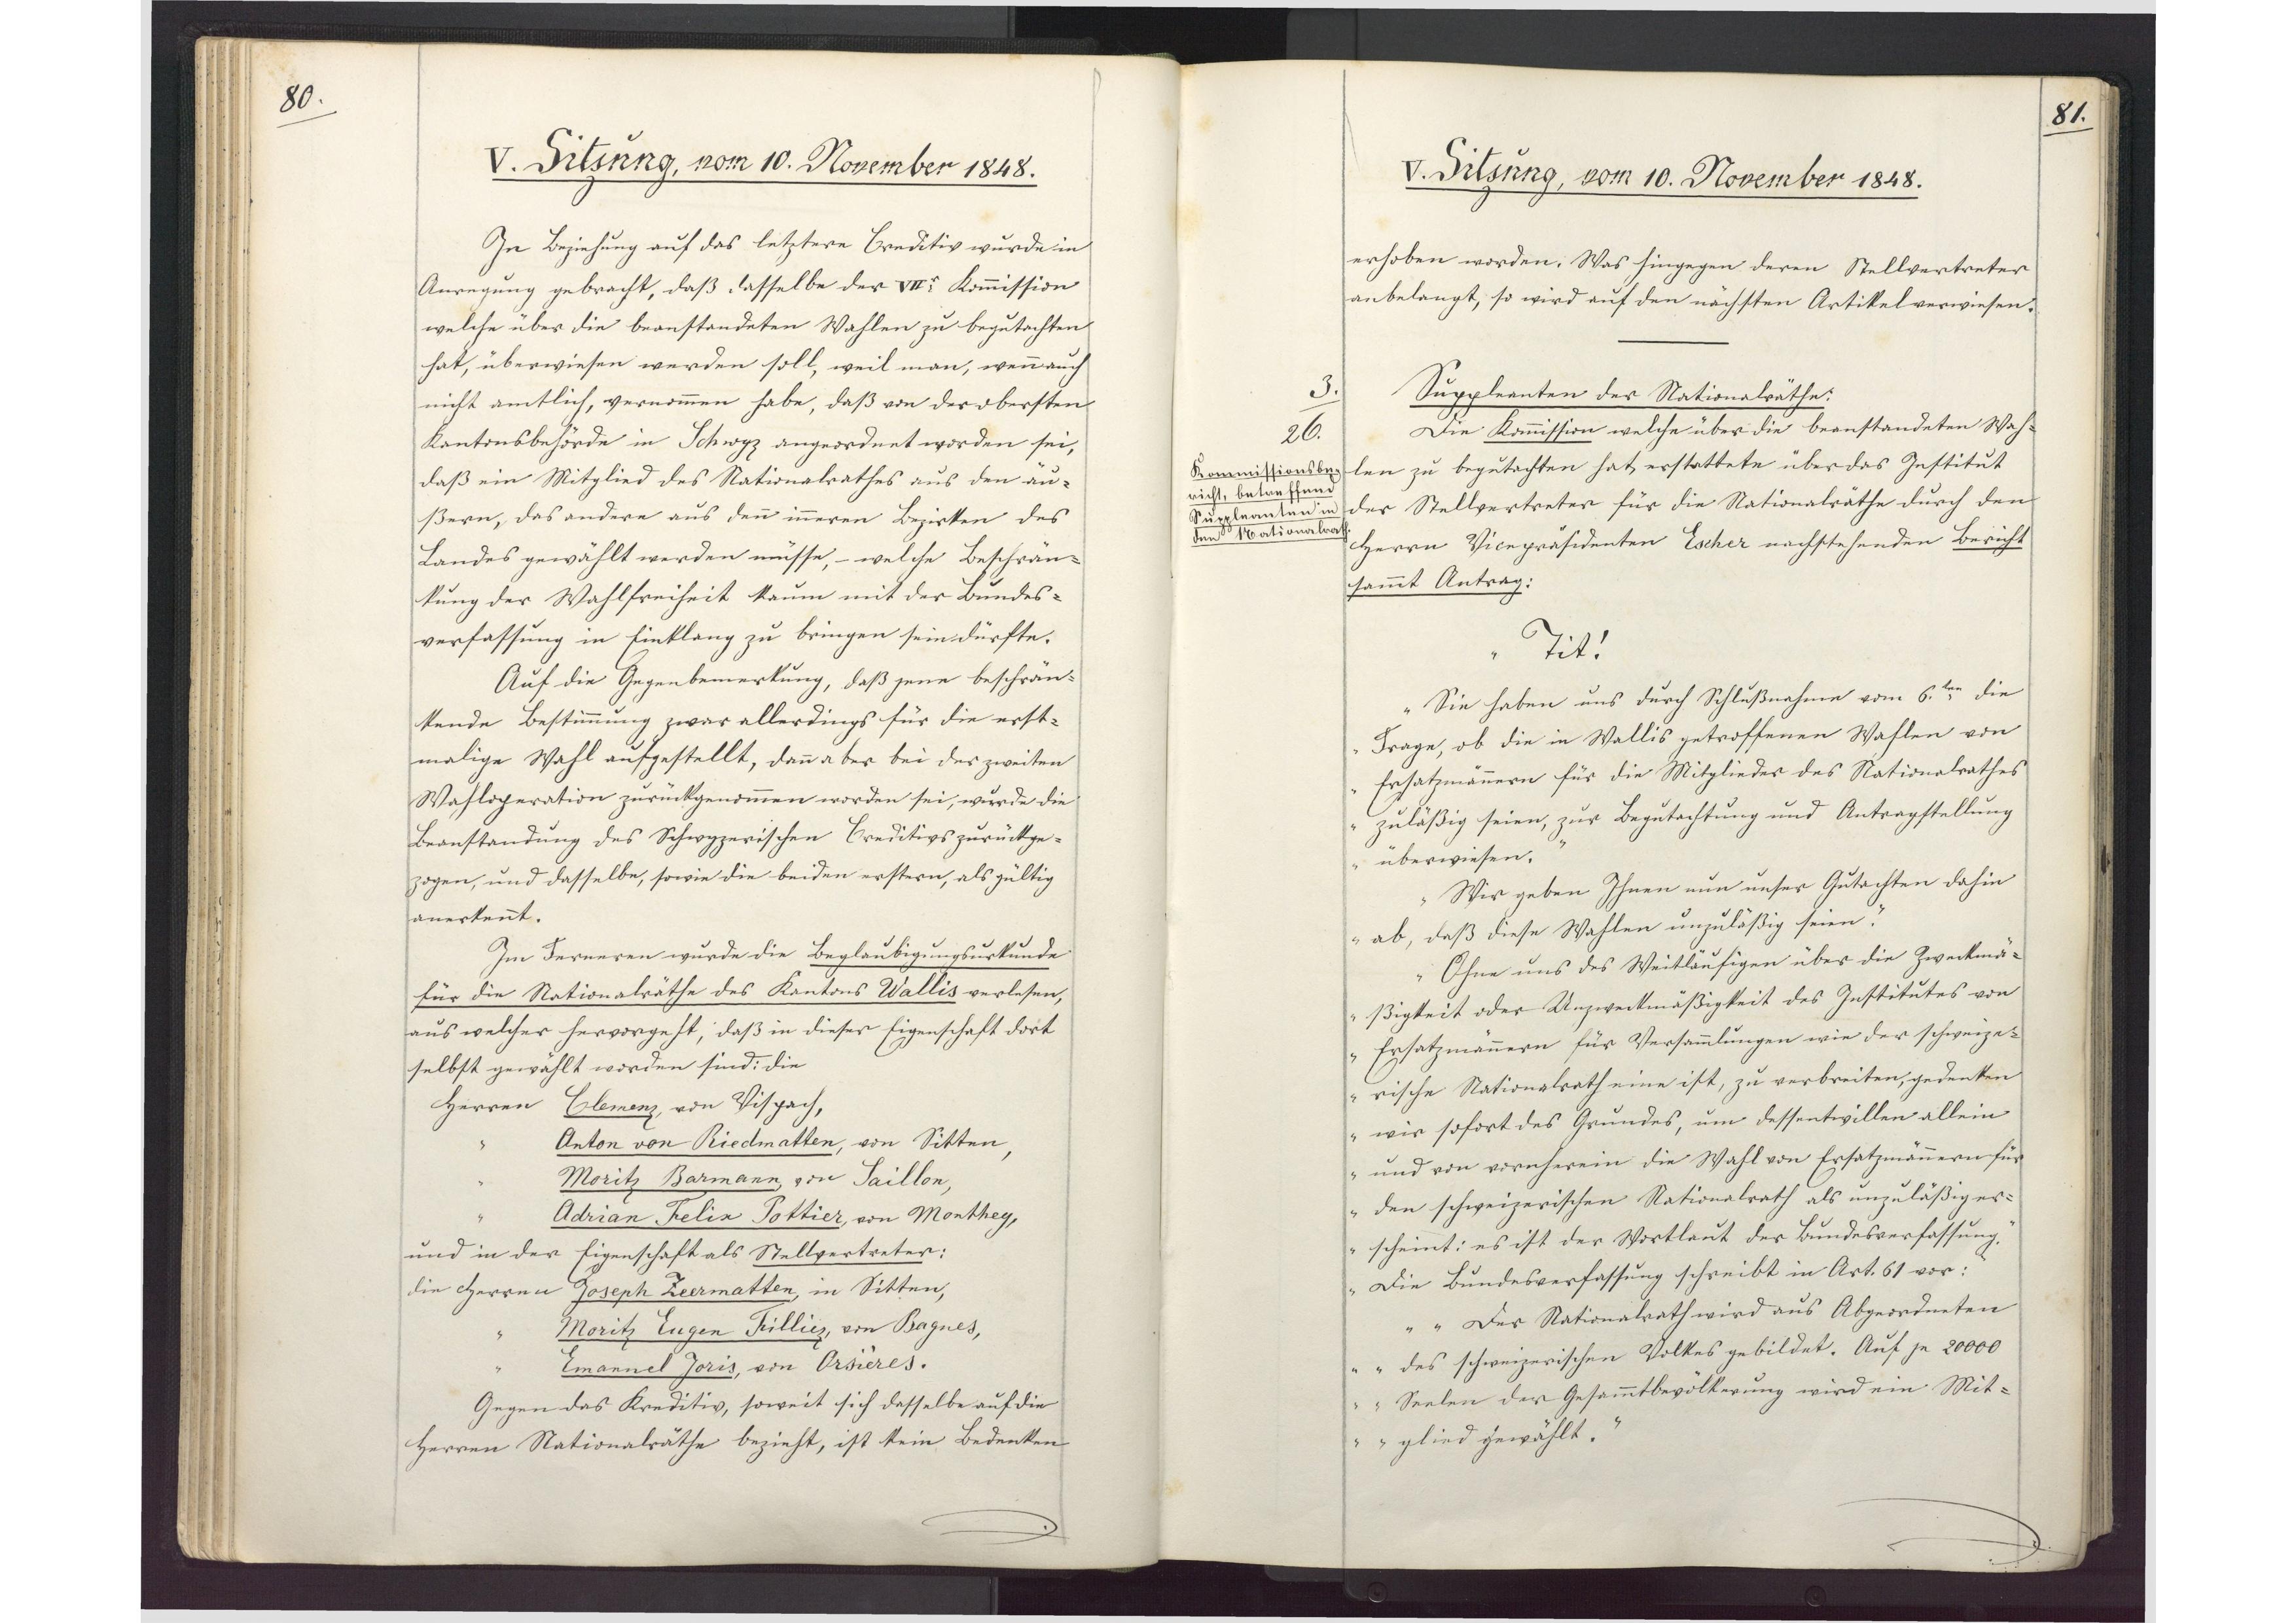
80.

V. Sitzung, vom 10. November 1848.

In Beziehung auf das letztere Creditiv wurde in
Anregung gebracht, daß dasselbe der VIIer Kommission
welche über die beanstandeten Wahlen zu begutachten
hat, überwiesen werden soll, weil man, wenn auch
nicht amtlich, vernommen habe, daß von der obersten
Kantonsbehörde in Schwyz angeordnet worden sei,
daß ein Mitglied des Nationalrathes aus den äu¬
ßern, das andere aus den inneren Bezirken des
Landes gewählt werden müsse, welche Beschrän¬
kung der Wahlfreiheit kaum mit der Bundes¬
verfassung in Einklang zu bringen sein dürfte.
Auf die Gegenbemerkung, daß jene beschrän¬
kende Bestimmung zwar allerdings für die erst¬
malige Wahl aufgestellt, dann aber bei der zweiten
Wahloperation zurückgenommen worden sei, wurde die
Beanstandung des Schwyzerischen Creditivs zurückge¬
zogen, und dasselbe, sowie die beiden erstern, als gültig
anerkennt.
Im Ferneren wurde die Beglaubigungsurkunde
für die Nationalräthe des Kantons Wallis verlesen,
aus welcher hervorgeht, daß in dieser Eigenschaft dort
selbst gewählt worden sind: die
Herrn Clemenz, von Vispach,
Anton von Riedmatten, von Sitten,
Moritz Barmann, von Saillon,
Adrian Feliz Pottier, von Monthey,
und in der Eigenschaft als Stellvertreter:
die Herren Joseph Zeermatten, in Sitten,
Moritz Eugen Filliez, von Bagnes,
Emanuel Joris, von Orsières.
Gegen das Kreditiv, soweit sich dasselbe auf die
Herren Nationalräthe bezieht, ist kein Bedenken

81.

V. Sitzung, vom 10. November 1848.

erhoben worden. Was hingegen deren Stellvertreter
anbelangt, so wird auf den nächsten Artikel verwiesen.
Suppleanten der Nationalräthe:
Die Kommission welche über die beanstandeten Wah¬
len zu begutachten hat, erstattete über das Institut
der Stellvertreter für die Nationalräthe durch den
Herrn Vicepräsidenten Escher nachstehenden Bericht
sammt Antrag:
"Tit!
Sie haben uns durch Schlußnahme vom 6.ten die
Frage, ob die in Wallis getroffenen Wahlen von
Ersatzmännern für die Mitglieder des Nationalrathes
zuläßig seien, zur Begutachtung und Antragstellung
überwiesen.
Wir geben Ihnen nun unser Gutachten dahin
ab, daß diese Wahlen unzuläßig seien.
Ohne uns des Weitläufigen über die Zweckmä¬
ßigkeit oder Unzweckmäßigkeit des Institutes von
Ersatzmännern für Versammlungen wie der schweize¬
rische Nationalrath eine ist, zu verbreiten, gedenken
wir sofort des Grundes, um dessentwillen allein
und von vornherein die Wahl von Ersatzmännern für
den schweizerischen Nationalrath als unzuläßiger¬
scheint: es ist der Wortlaut der Bundesverfassung.
Die Bundesverfassung schreibt in Art. 61 vor:
"Der Nationalrath wird aus Abgeordneten
des schweizerischen Volkes gebildet. Auf je 20000
Seelen der Gesammtbevölkerung wird ein Mit¬
glied gewählt.

3.
26.
Kommissionsbe¬
richt, betreffend
Suppleanten in
den Nationalrath.